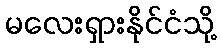
မလေးရှားနိုင်ငံသို့